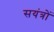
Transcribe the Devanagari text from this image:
सयंत्रों